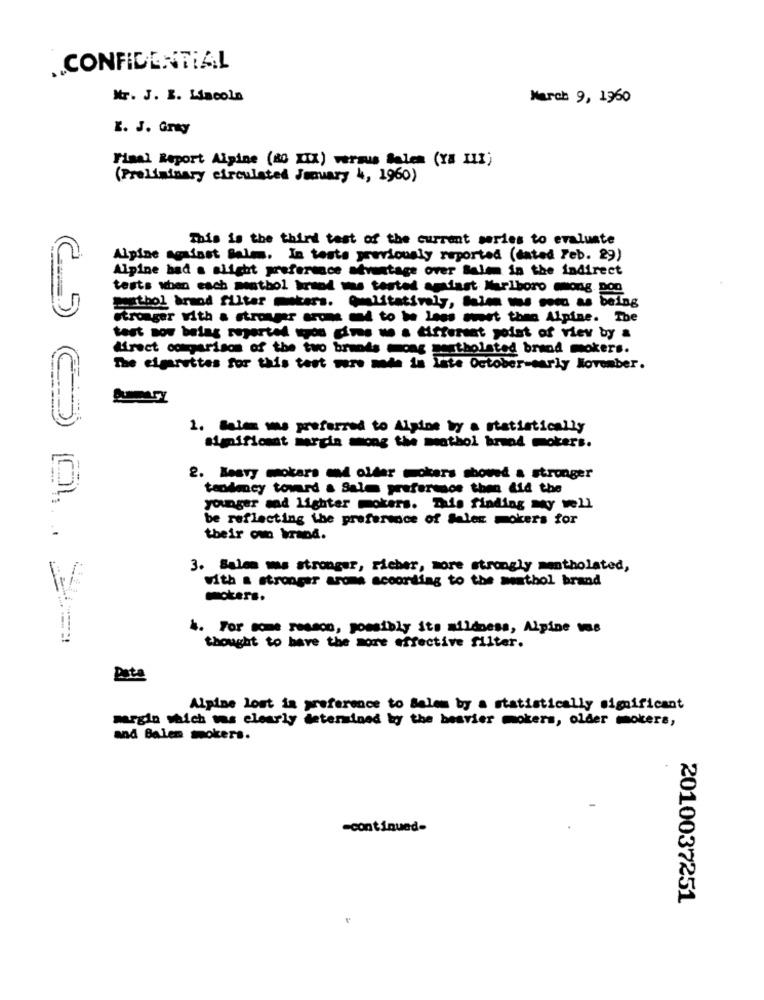
CONFIDENTIAL
Mr. J. I. Lacola
March 9, 1960
L. J. Grey
Final Report Alpine (80 XIX) versus felem (Ya III)
(Preliminary circulated January 4, 1960)
This is the third test of the current series to evaluate
Alpine against Belm. In tests previously reported (dated Feb. 29)
Alpine had a slight preference advantage over Salem in the indirect
tests when each menthol brand mos tested andfast Marlboro mong.
Stronger with a stronger arone and to be less sweet thea Alpine. The
test now belag reported spou dins we a different point of view by &
direct comparison of the two brands mong mestholsted brand mokers.
The cigarettes for this test were made in Late October-early November.
1. Beim ms preferred to Alpine by a statistically
significant margin mong the menthol brand mokers.
2. Beavy mokara and older mokers showed a stronger
tendency toward & Sale preference then did the
younger mad lighter mokers. Tais finding My well
be reflecting the preference of Sales mokers for
their own brand.
3. Salem was stronger, richer, more strongly mentholated,
with a stronger aroma according to the menthol brand
mokers.
4. For some reason, possibly its mildness, Alpine vos
thought to have the more effective filter.
Pita
Alpine lost in preference to Salem by a statistically significant
margin which was clearly determined by the besvier mokers, older mokers,
and Balen mokers.
-continued-
2010037251